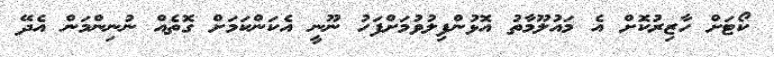
ކޯޓަށް ހާޒިރުކޮށް އެ މައުލޫމާތު އޮޅުންފިލުވުމަށްފަހު ނޫނީ އެކަންކަމަށް ގޮތެއް ނުނިންމަން އެދޭ